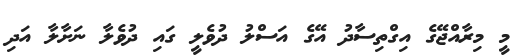
މީ މިރާއްޖޭގެ އިގްތިސާދު އޭގެ އަސްލު ދުވެލީ ގައި ދުވެލާ ނަށާލާ އަދި